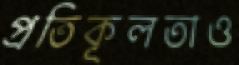
প্রতিকূলতাও